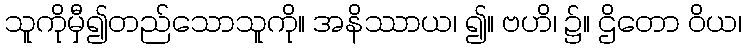
သူကိုမှီ၍တည်သောသူကို။ အနိဿာယ၊ ၍။ ဗဟိ၊ ၌။ ဌိတော ဝိယ၊